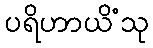
ပရိဟာယိံသု